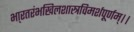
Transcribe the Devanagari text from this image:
भा्रतरंभखिलशास्त्रविमर्शपूर्णम्।।